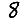
Digit: 8